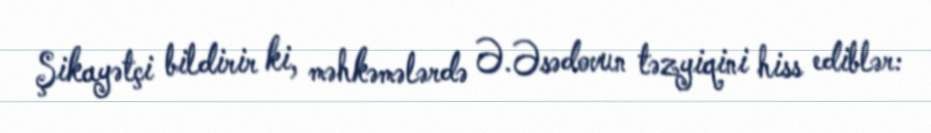
Şikayətçi bildirir ki, məhkəmələrdə Ə.Əsədovun təzyiqini hiss ediblər: